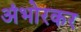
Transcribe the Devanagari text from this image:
अंभोरकर